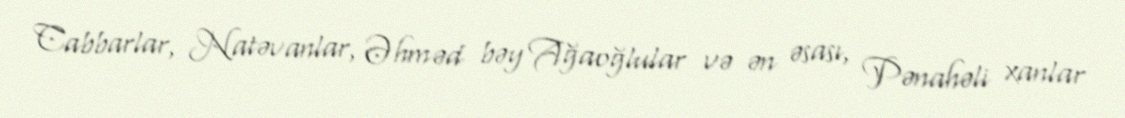
Cabbarlar, Natəvanlar, Əhməd bəy Ağaoğlular və ən əsası, Pənahəli xanlar